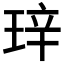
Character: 𬍧